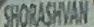
SHORASHVAN